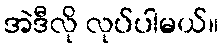
အဲဒီလို လုပ်ပါမယ်။